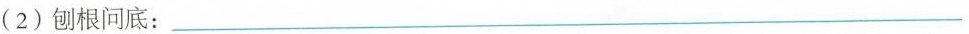
(2)刨根问底：___